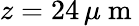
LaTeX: z=24\, \mu\mathrm{~m~}